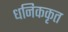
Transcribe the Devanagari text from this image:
धनिककृत